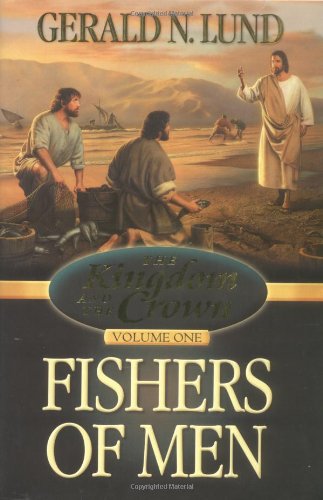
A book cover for Fishers of Men (Kingdom and the Crown); Gerald N. Lund; Christian Books & Bibles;